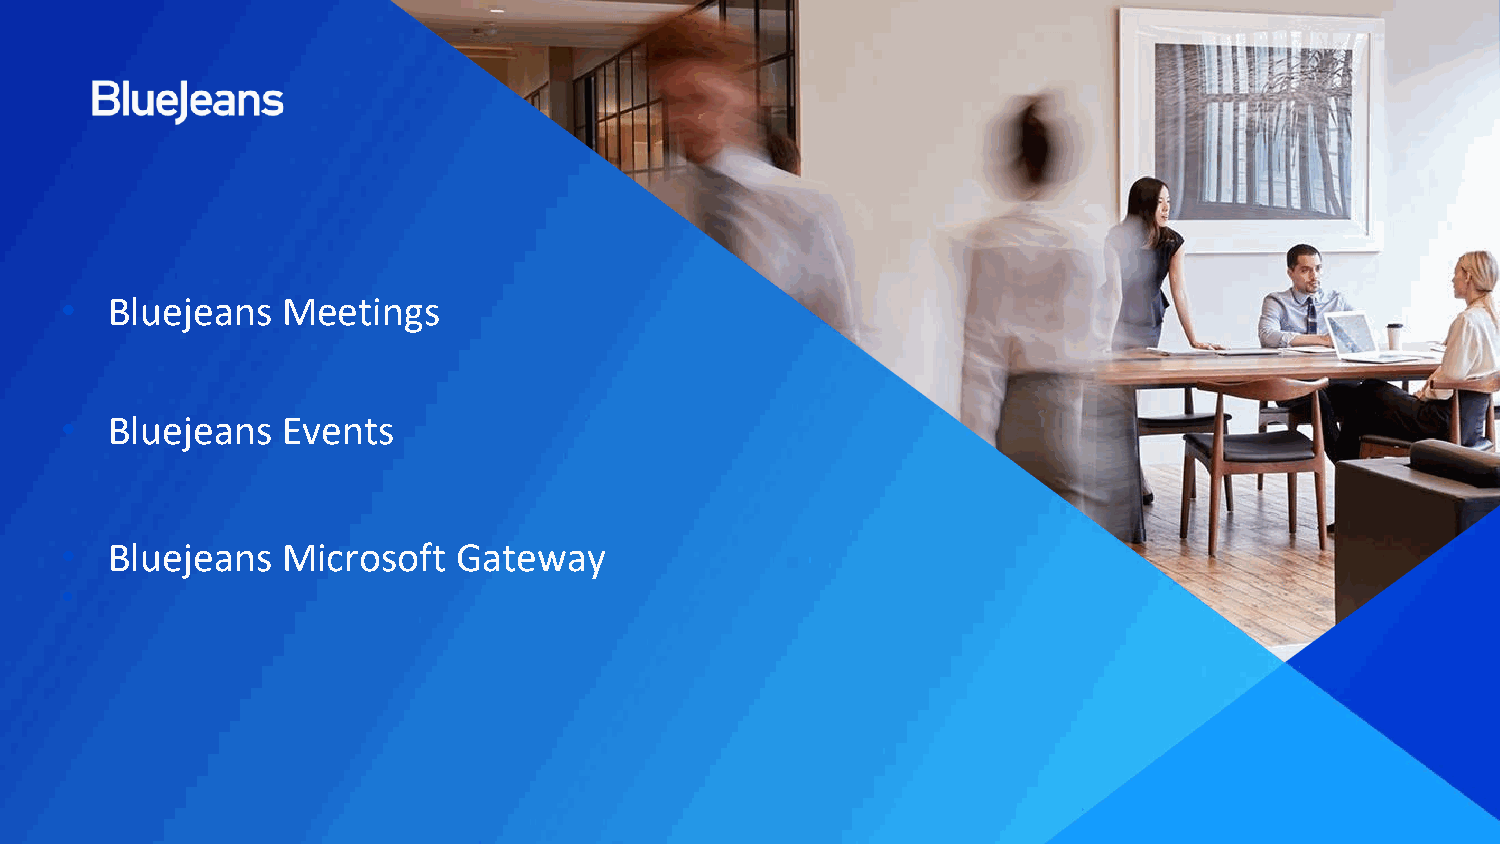
•  Bluejeans   Meetings
 •  Bluejeans   Events
 •  Bluejeans   Microsoft  Gateway
 •
 © 2019 Blue Jeans Network, Inc. | Page 3